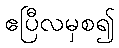
ဧပြီလမှစ၍